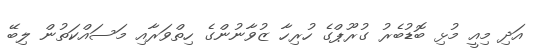
އަދި މިއީ މުޅި ބޮޑުބެރު ގުރޫޕްގެ ހުރިހާ ޒުވާނުންގެ ހިތްވަރާއި މަސައްކަތުން ލިބޭ